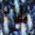
بك